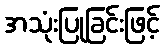
အသုံးပြုခြင်းဖြင့်